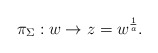
\begin{align*}\pi_\Sigma : w \to z = w^{{1\over a}}.\end{align*}